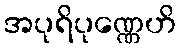
အပုရိပုဏ္ဏေဟိ